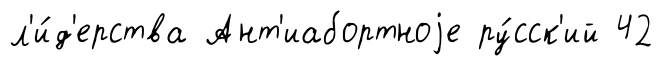
л'и́д'ерства Ант'иабортноjе ру́сск'ий 42